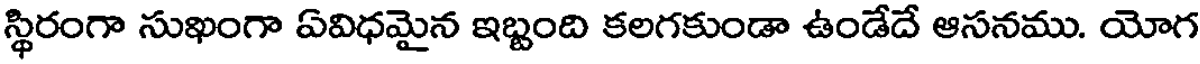
స్థిరంగా సుఖంగా ఏవిధమైన ఇబ్బంది కలగకుండా ఉండేదే ఆసనము. యోగ